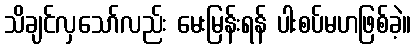
သိချင်လှသော်လည်း မေးမြန်းရန် ပါးစပ်မဟဖြစ်ခဲ့။